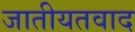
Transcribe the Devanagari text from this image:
जातीयतवाद